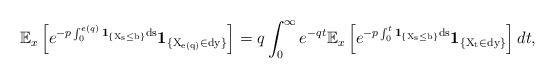
LaTeX: \begin{align*}\mathbb E_x\left[e^{-p\int_{0}^{e(q)}\rm{\bf{1}}_{\{X_s \leq b\}}ds}\rm{\bf{1}}_{\{X_{e(q)} \in dy\}}\right]=q\int_{0}^{\infty}e^{-qt} \mathbb E_x\left[e^{-p\int_{0}^{t}\rm{\bf{1}}_{\{X_s \leq b\}}ds}\rm{\bf{1}}_{\{X_{t} \in dy\}}\right]dt,\end{align*}